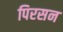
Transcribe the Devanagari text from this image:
पिरसन